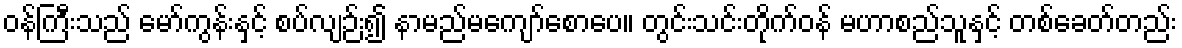
ဝန်ကြီးသည် မော်ကွန်းနှင့် စပ်လျဉ်း၍ နာမည်မကျော်စောပေ။ တွင်းသင်းတိုက်ဝန် မဟာစည်သူနှင့် တစ်ခေတ်တည်း